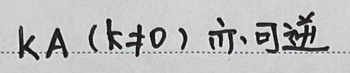
$kA\ (k\neq 0)$ 亦可逆